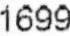
1699